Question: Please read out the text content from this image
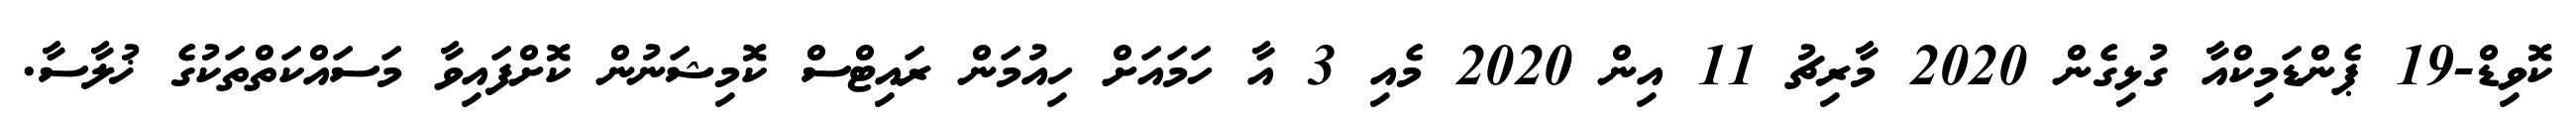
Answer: ކޮވިޑް-19 ޕެންޑަމިކްއާ ގުޅިގެން 2020 މާރިޗު 11 އިން 2020 މެއި 3 އާ ހަމައަށް ހިއުމަން ރައިޓްސް ކޮމިޝަނުން ކޮށްފައިވާ މަސައްކަތްތަކުގެ ޚުލާސާ.